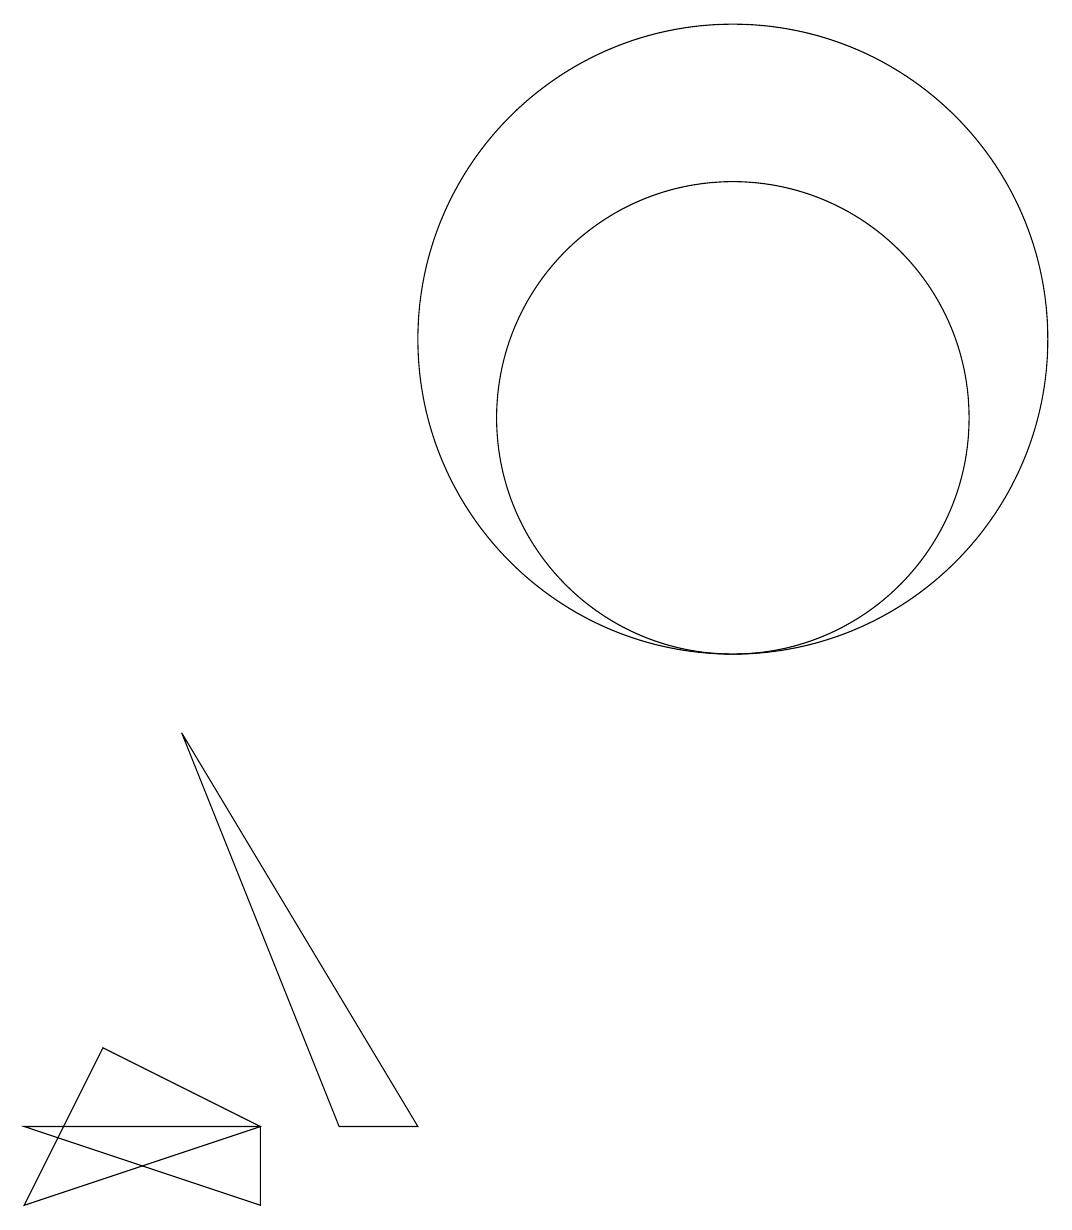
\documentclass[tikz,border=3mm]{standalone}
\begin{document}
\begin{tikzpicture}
\draw (4,0) -- (4,1) -- (1,1) -- cycle;
\draw (10,10) circle (3);
\draw (6,1) -- (3,6) -- (5,1) -- cycle;
\draw (10,11) circle (4);
\draw (4,1) -- (1,0) -- (2,2) -- cycle;
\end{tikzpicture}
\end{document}